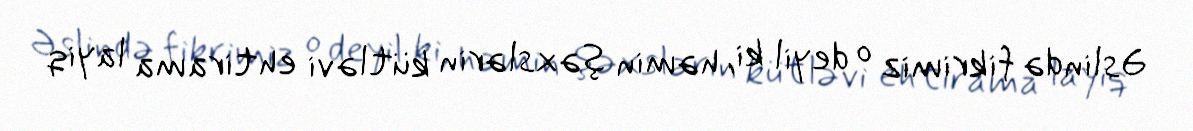
Əslində fikrimiz o deyil ki, həmin şəxslərin kütləvi ehtirama layiq